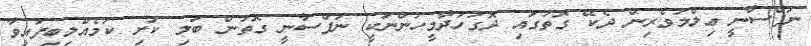
ނަފްސާނީ ޢިލްމުވެރިން ދެކޭ ގޮތުގައި ދޮގުހަދާމީހުންނަކީ ނަފްސާނީ ގޮތުން ބަލި ކަށި ކަމެއްލިބިފައިވާ